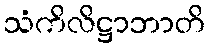
သံကိလိဋ္ဌာဘာတိ